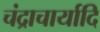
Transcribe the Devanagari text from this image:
चंद्राचार्यादि